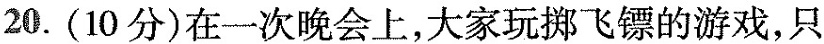
20.(10分)在一次晚会上，大家玩拼飞镖的游戏，只